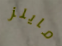
مايلز